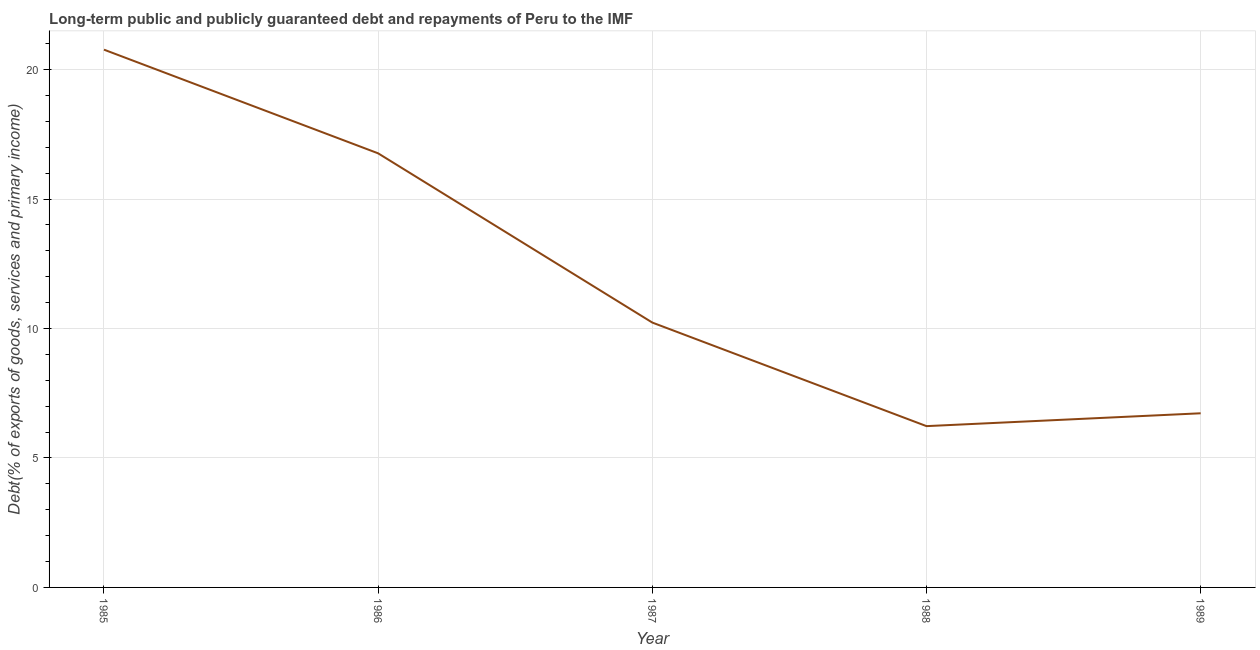
| Year | Debt service (PPG and IMF only) |
 | --- | --- |
 | 1985 | 20.8 |
 | 1986 | 16.8 |
 | 1987 | 10.2 |
 | 1988 | 6.23 |
 | 1989 | 6.73 |